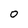
Character: O